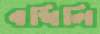
বখিলি